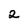
Character: 2